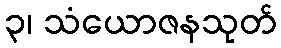
၃၊ သံယောဇနသုတ်